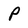
Character: P